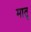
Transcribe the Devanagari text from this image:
मातॄ